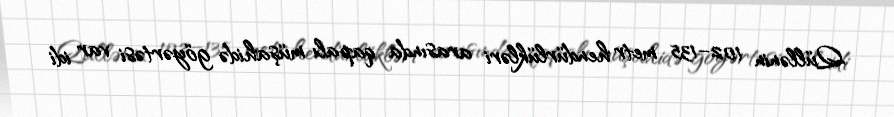
Qüllənin 102–135 metr hendürlükləri arasında qapalı müşahidə göyərtəsi var idi